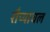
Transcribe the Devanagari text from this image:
रौप्याचल